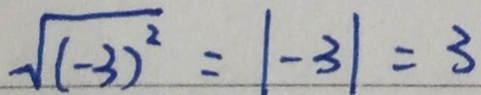
\sqrt { ( - 3 ) ^ { 2 } } = \vert - 3 \vert = 3